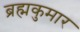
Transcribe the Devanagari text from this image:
ब्रह्मकुमार